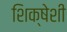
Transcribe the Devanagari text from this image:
शिक्षेशी